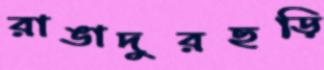
রাঙাদুরছড়ি